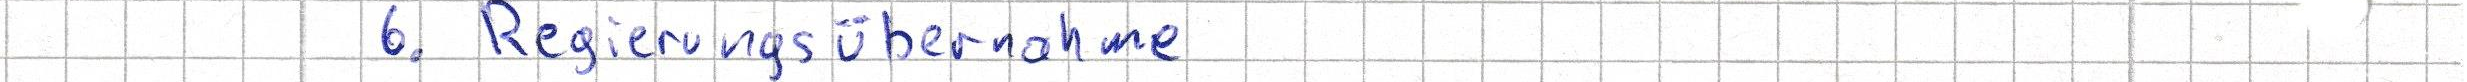
6. Regierungsübernahme